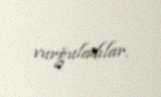
vurğuladılar.